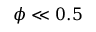
\phi \ll 0 . 5